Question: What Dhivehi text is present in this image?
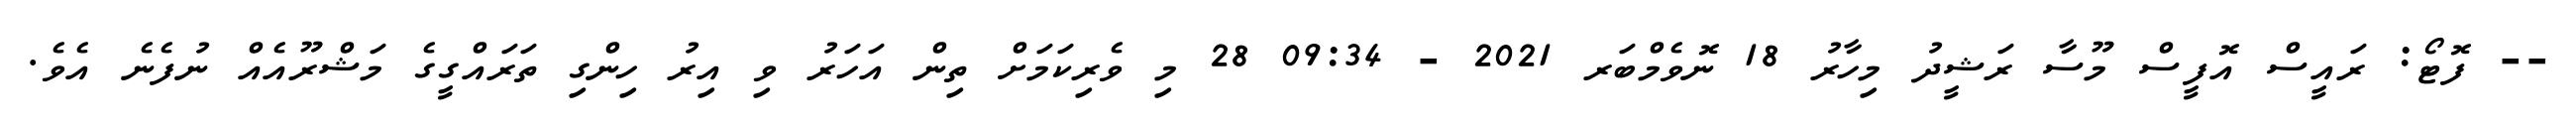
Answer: -- ފޮޓޯ: ރައީސް އޮފީސް މޫސާ ރަޝީދު މިހާރު 18 ނޮވެމްބަރ 2021 - 09:34 28 މި ވެރިކަމަށް ތިން އަހަރު ވި އިރު ހިންގި ތަރައްގީގެ މަޝްރޫއެއް ނުފެނެ އެވެ.